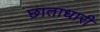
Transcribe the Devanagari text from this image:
छाताधारी